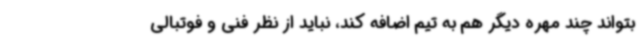
بتواند چند مهره دیگر هم به تیم اضافه کند، نباید از نظر فنی و فوتبالی